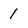
Character: 1